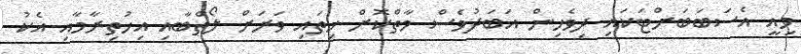
މިއީ އެސަބަބަށްޓަކައި ދިވެހިން އަބަދުވެސް މާތްކޮށް ހިތައި ވަރަށް ލޯތްބާއި އިހުތިރާމާއި އެކު